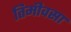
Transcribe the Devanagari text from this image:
तिमीवसा